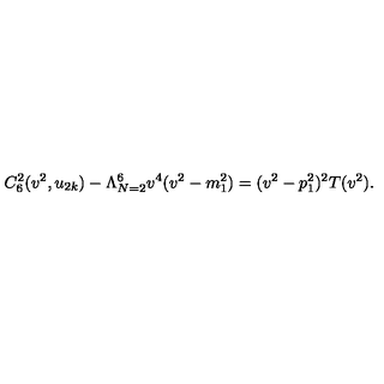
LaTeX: C _ { 6 } ^ { 2 } ( v ^ { 2 } , u _ { 2 k } ) - \Lambda _ { N = 2 } ^ { 6 } v ^ { 4 } ( v ^ { 2 } - m _ { 1 } ^ { 2 } ) = ( v ^ { 2 } - p _ { 1 } ^ { 2 } ) ^ { 2 } T ( v ^ { 2 } ) .